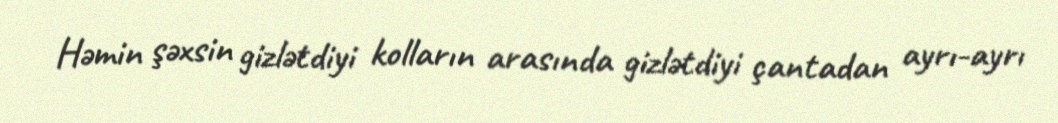
Həmin şəxsin gizlətdiyi kolların arasında gizlətdiyi çantadan ayrı-ayrı